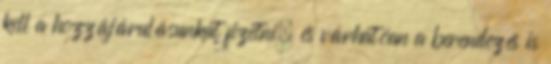
kell a hozzájárulásunkat fizetni, és várhatóan a berendezés is